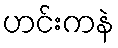
ဟင်းကနဲ